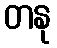
တနု